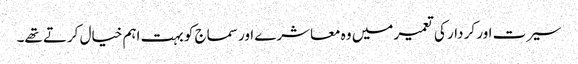
سیرت اور کر دار کی تعمیر میں وہ معاشرے اور سماج کو بہت اہم خیال کرتے تھے۔